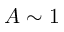
A \sim 1